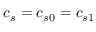
c _ { s } = c _ { s 0 } = c _ { s 1 }